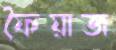
ফৈয়াজ